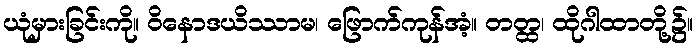
ယုံမှားခြင်းကို။ ဝိနောဒယိဿာမ၊ ဖြောက်ကုန်အံ့။ တတ္ထ၊ ထိုဂါထာတို့၌။